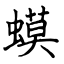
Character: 蟆